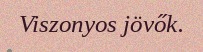
Viszonyos jövők.